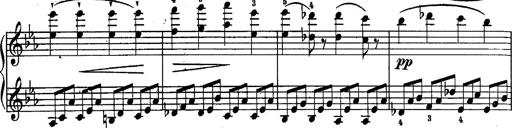
Title: Schubert's Impromptus [revised and edited by Franz Liszt]
Composer: Franz Liszt